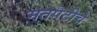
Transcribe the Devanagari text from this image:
मतपेटीचे